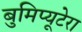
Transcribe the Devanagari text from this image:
बुमिप्यूटेरा